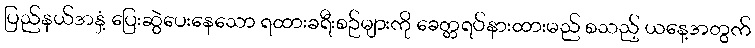
ပြည်နယ်အနှံ့ ပြေးဆွဲပေးနေသော ရထားခရီးစဉ်များကို ခေတ္တရပ်နားထားမည် စသည့် ယနေ့အတွက်